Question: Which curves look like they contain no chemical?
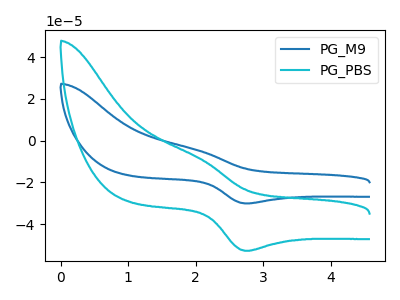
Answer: <think>The blue curve "PG_M9" has an anodic peak at (2.05V, -4.60uA) and a cathodic peak at (2.75V, -30.10uA). The cyan curve "PG_PBS" has an anodic peak at (2.05V, -8.05uA) and a cathodic peak at (2.75V, -52.80uA).</think>
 <answer>There are not any CV's on this graph that are likely to be blanks.</answer>
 <eval>none</eval>